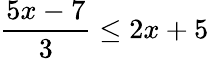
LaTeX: \frac{5x-7}{3}\leq 2x+5